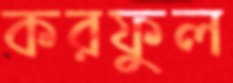
করফুল